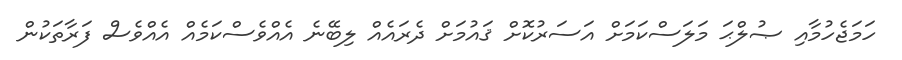
ހަމަޖެހުމާއި ޞުލްޙަ މަލަސްކަމަށް އަސަރުކޮށް ޤައުމަށް ދެރައެއް ލިބޭނެ އެއްވެސްކަމެއް އެއްވެސް ފަރާތަކުން